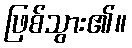
ဖြစ်သွား၏။